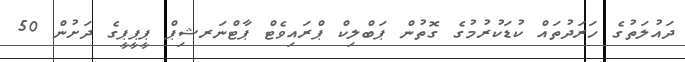
ދައުލަތުގެ ހަރަދުތައް ކުޑަކުރުމުގެ ގޮތުން ޕަބްލިކް ޕްރައިވެޓް ޕާޓްނަރޝިޕް ޕީޕީޕީގެ ދަށުން 50